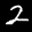
Label: 2